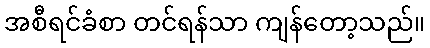
အစီရင်ခံစာ တင်ရန်သာ ကျန်တော့သည်။